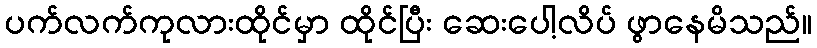
ပက်လက်ကုလားထိုင်မှာ ထိုင်ပြီး ဆေးပေါ့လိပ် ဖွာနေမိသည်။